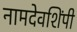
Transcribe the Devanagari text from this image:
नामदेवशिंपी